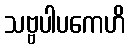
သဗ္ဗပါပကေဟိ